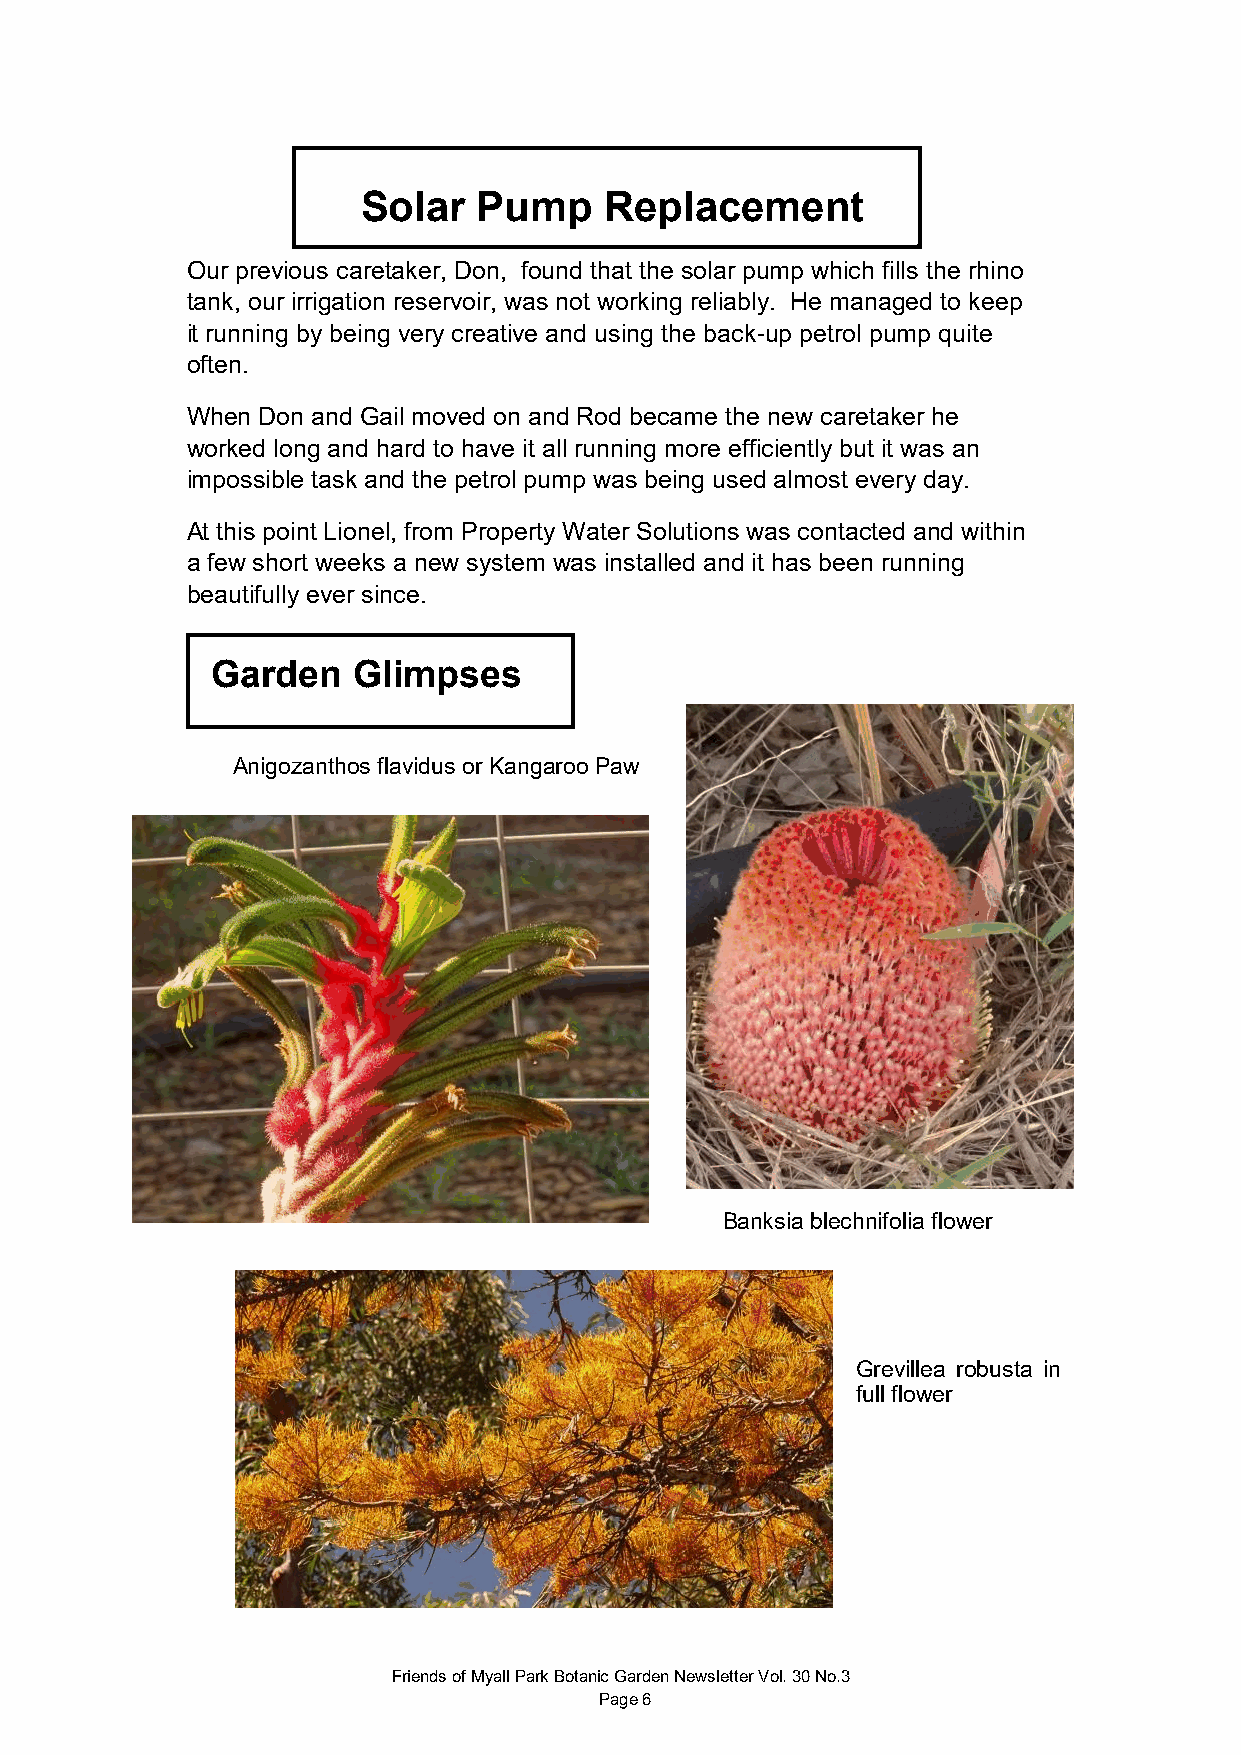
Solar   Pump    Replacement
 Our previous caretaker, Don, found that the solar pump which fills the rhino
 tank, our irrigation reservoir, was not working reliably. He managed to keep
 it running by being very creative and using the back-up petrol pump quite
 often.
 When Don and Gail moved on and Rod became the new caretaker he
 worked long and hard to have it all running more efficiently but it was an
 impossible task and the petrol pump was being used almost every day.
 At this point Lionel, from Property Water Solutions was contacted and within
 a few short weeks a new system was installed and it has been running
 beautifully ever since.
 Garden   Glimpses
 Anigozanthos flavidus or Kangaroo Paw
 Banksia blechnifolia flower
 Grevillea robusta in
 full flower
 Friends of Myall Park Botanic Garden Newsletter Vol. 30 No.3
 Page 6